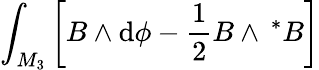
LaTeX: \int_{M_{3}}\left[B\wedge\mathrm{d}\phi-\frac{1}{2}B\wedge\, ^{*}B\right]